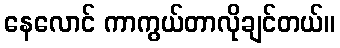
နေလောင် ကာကွယ်တာလိုချင်တယ်။